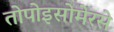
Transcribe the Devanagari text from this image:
तोपोइसोमेरसे